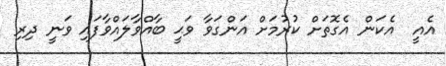
އެއީ  އެކަން އެގޮތަށް ކުރުމަށް އަންގަވާ ވަޙީ ބާއްވާލައްވާފައި ވަނީ ދިރި